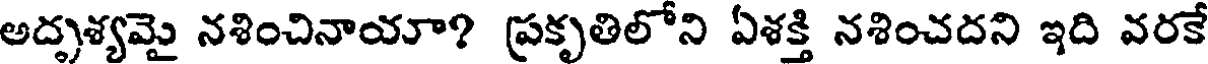
అదృశ్యమై నశించినాయా? ప్రకృతిలోని ఏశక్తి నశించదని ఇది వరకే